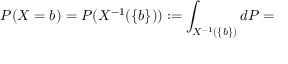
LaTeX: P ( X = b ) = P ( X ^ { - 1 } ( \{ b \} ) ) : = \int _ { X ^ { - 1 } ( \{ b \} ) } d P =